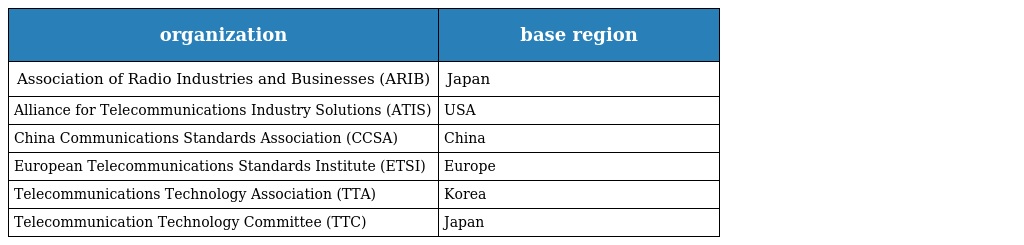
| organization | base region |
 | --- | --- |
 | Association of Radio Industries and Businesses (ARIB) | Japan |
 | Alliance for Telecommunications Industry Solutions (ATIS) | USA |
 | China Communications Standards Association (CCSA) | China |
 | European Telecommunications Standards Institute (ETSI) | Europe |
 | Telecommunications Technology Association (TTA) | Korea |
 | Telecommunication Technology Committee (TTC) | Japan |